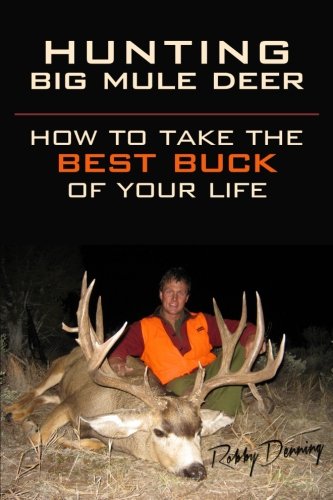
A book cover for Hunting Big Mule Deer: How to Take the Best Buck of Your Life; Robby Denning; Sports & Outdoors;